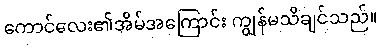
ကောင်လေး၏အိမ်အကြောင်း ကျွန်မသိချင်သည်။